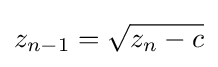
z_{n-1}={\sqrt {z_{n}-c}}